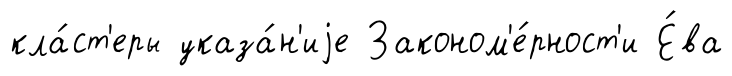
кла́ст'еры указа́н'иjе Законом'е́рност'и Е́ва